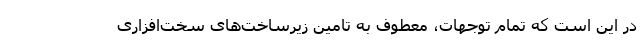
در این است که تمام توجهات، معطوف به تامین زیرساخت‌های سخت‌افزاری